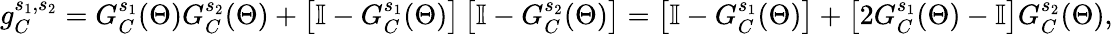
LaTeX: g_{C}^{s_{1},s_{2}}=G_{C}^{s_{1}}(\Theta)G_{C}^{s_{2}}(\Theta)+\left[\mathbb{I}-G_{C}^{s_{1}}(\Theta)\right]\left[\mathbb{I}-G_{C}^{s_{2}}(\Theta)\right]=\left[\mathbb{I}-G_{C}^{s_{1}}(\Theta)\right]+\left[2G_{C}^{s_{1}}(\Theta)-\mathbb{I}\right]G_{C}^{s_{2}}(\Theta),